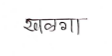
मजकूर: खळगा